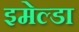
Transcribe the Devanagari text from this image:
इमेल्डा